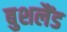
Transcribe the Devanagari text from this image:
बुशलैंड